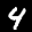
Label: 4